Scottish Certificate of Education, 1962
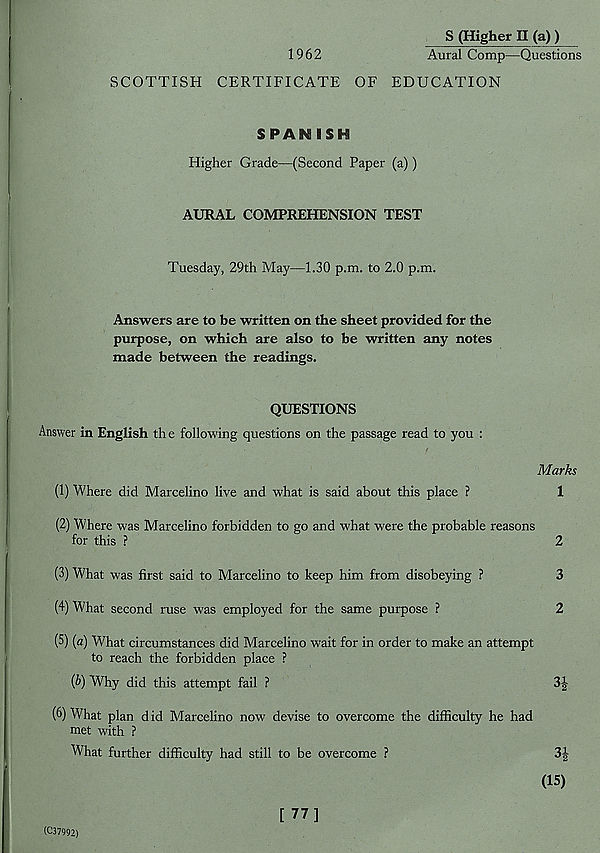
1962
S (Higher II (a) )
Aural Comp—Questions
SCOTTISH CERTIFICATE OF EDUCATION
SPAN ISH
Higher Grade—(Second Paper (a))
AURAL COMPREHENSION TEST
Tuesday, 29th May—1.30 p.m. to 2.0 p.m.
Answers are to be written on the sheet provided for the
purpose, on which are also to be written any notes
made between the readings.
QUESTIONS
Answer in English th e following questions on the passage read to you :
Marks
(1) Where did Marcelino live and what is said about this place ?
1
(2) Where was Marcelino forbidden to go and what were the probable reasons
for this ?
2
(3) What was first said to Marcelino to keep him from disobeying ?
3
(4) What second ruse was employed for the same purpose ?
2
(5) (a) What circumstances did Marcelino wait for in order to make an attempt
to reach the forbidden place ?
{b) Why did this attempt fail ?
3J
(6) What plan d id Marcelino now devise to overcome the difficulty he had
met with ?
What further difficulty had still to be overcome ?
3|-
(15)
(C37992)
[ 77]